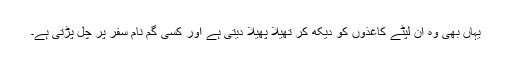
یہاں بھی وہ ان لپٹے کاغذوں کو دیکھ کر تھیلا پھیلا دیتی ہے اور کسی گم نام سفر پر چل پڑتی ہے۔